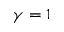
\gamma = 1